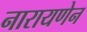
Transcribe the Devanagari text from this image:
नारायणेन